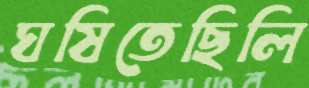
ঘষিতেছিলি